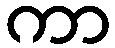
ကာ